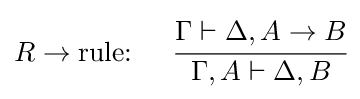
R\rightarrow {\text{rule: }}\quad {\cfrac {\Gamma \vdash \Delta ,A\rightarrow B}{\Gamma ,A\vdash \Delta ,B}}